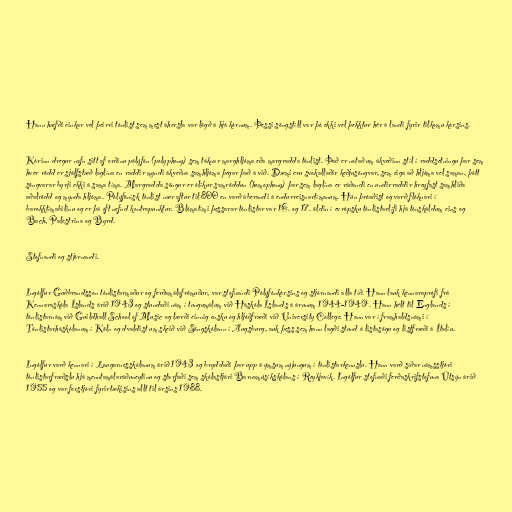
Hann hæfði einkar vel þeirri tónlist sem mest áhersla var lögð á hjá kórnum. Þessi söngstíll var þó ekki vel þekktur hér á landi fyrir tilkomu kórsins.

Kórinn dregur nafn sitt af orðinu pólýfón (polyphony) sem táknar marghljóma eða margradda tónlist. Það er notað um ákveðinn stíl í raddsetningu þar sem
hver rödd er sjálfstæð laglína en raddir myndi ákveðna samhljóma þegar það á við. Dæmi eru svokallaðir keðjusöngvar, sem eiga að hljóma vel saman, þótt
söngvarar byrji ekki á sama tíma. Margradda söngur er ólíkur samröddun (homophony) þar sem laglína er ráðandi en undirraddir hreyfast samhliða
aðalrödd og mynda hljóma. Pólýfónísk tónlist nær aftur til 800 en varð áberandi á endurreisnartímanum. Hún þróaðist og varð flóknari í
barokktímabilinu og er þá oft nefnd kontrapunktur. Blómatími þessarar tónlistar var 16. og 17. öldin í evrópsku tónlistarlífi hjá tónskáldum eins og
Bach, Palestrina og Byrd.

Stofnandi og stjórnandi.

Ingólfur Guðbrandsson tónlistarmaður og ferðamálafrömuður, var stofnandi Pólýfónkórsins og stjórnandi alla tíð. Hann lauk kennaraprófi frá
Kennaraskóla Íslands árið 1943 og stundaði nám í tungumálum við Háskóla Íslands á árunum 1944-1949. Hann hélt til Englands í
tónlistarnám við Guildhall School of Music og lærði einnig ensku og hljóðfræði við University College. Hann var í framhaldsnámi í
Tónlistarháskólanum í Köln og dvaldist um skeið við Söngskólann í Augsburg, auk þess sem hann lagði stund á listasögu og listfræði á Ítalíu.

Ingólfur varð kennari í Laugarnesskólanum árið 1943 og bryddaði þar upp á ýmsum nýjungum í tónlistarkennslu. Hann varð síðar námsstjóri
tónlistarfræðslu hjá menntamálaráðuneytinu og starfaði sem skólastjóri Barnamúsíkskólans í Reykjavík. Ingólfur stofnaði ferðaskrifstofuna Útsýn árið
1955 og var forstjóri fyrirtækisins allt til ársins 1988.